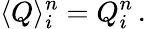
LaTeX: \langle Q\rangle_{i}^{n}=Q_{i}^{n}\, .